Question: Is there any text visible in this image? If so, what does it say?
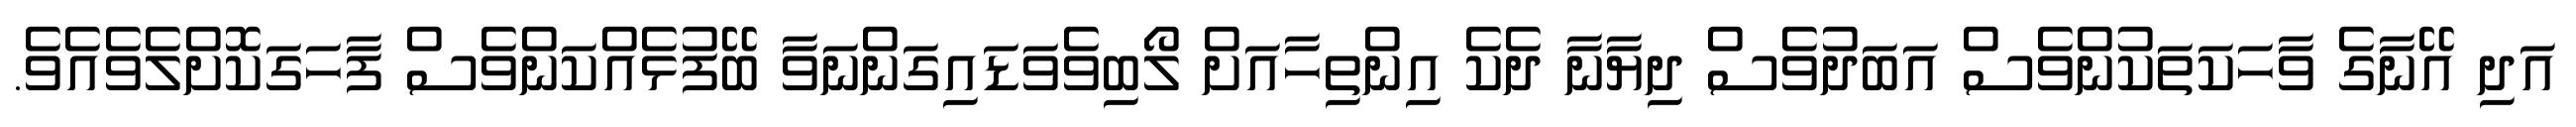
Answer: އަދި އޭނާގެ ވާހަކަތަކުންވެސް އަބަދުވެސް ދިޔާނާ ދެކެ އިންތިހާއަށް ލޯބިވެވަޑައިގަންނަވާ ބޭފުޅެއްކަންވެސް ފާހަގަކޮށްލެވެއެވެ.